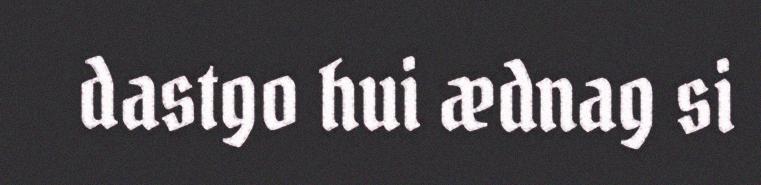
dastgo hui ædnag si